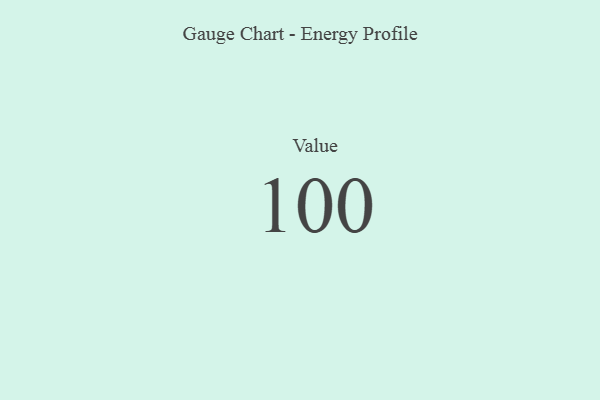
{"axis": {"x": "Metric", "y": "Value"}, "legend": [""], "data": [{"x": "Value", "y": 100, "type": ""}]}